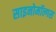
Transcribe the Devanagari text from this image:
साइनोमॉल्गस